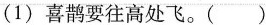
（1）喜鹊要往高处飞。（）